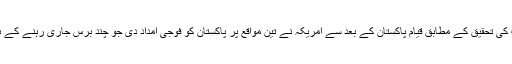
امریکی غیر سرکاری ادارے سینٹر فار گلوبل ڈیویلپمنٹ کی تحقیق کے مطابق قیام پاکستان کے بعد سے امریکہ نے تین مواقع پر پاکستان کو فوجی امداد دی جو چند برس جاری رہنے کے بعد خطے میں اس کی دلچسپی کے ساتھ ہی ختم ہو گئی۔